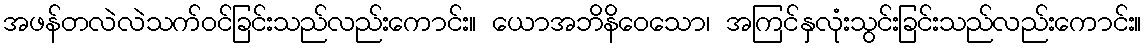
အဖန်တလဲလဲသက်ဝင်ခြင်းသည်လည်းကောင်း။ ယောအဘိနိဝေသော၊ အကြင်နှလုံးသွင်းခြင်းသည်လည်းကောင်း။